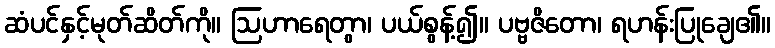
ဆံပင်နှင့်မုတ်ဆိတ်ကို။ ဩဟာရေတွာ၊ ပယ်စွန့်၍။ ပဗ္ဗဇိတော၊ ရဟန်းပြုချေ၏။